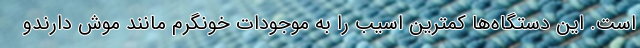
است. این دستگاه‌ها کمترین اسیب را به موجودات خونگرم مانند موش دارندو